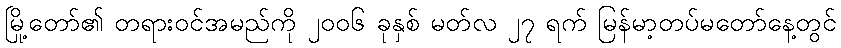
မြို့တော်၏ တရားဝင်အမည်ကို ၂၀၀၆ ခုနှစ် မတ်လ ၂၇ ရက် မြန်မာ့တပ်မတော်နေ့တွင်